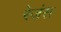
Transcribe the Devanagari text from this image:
रेजंस